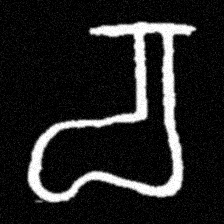
Pyu character \u2014 Myanmar letter: စ (romanized: ca)